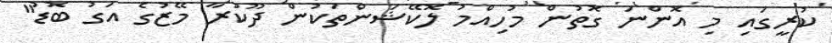
ކުރީގައި މި އޮންނަ ގޮތުން މުހިއްމު ލޮކޭޝަންތަކުން ދޫކުރާ މޭޒުގެ އަގު ބޮޑު"